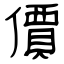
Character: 價